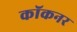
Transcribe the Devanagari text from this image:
कॉकनर